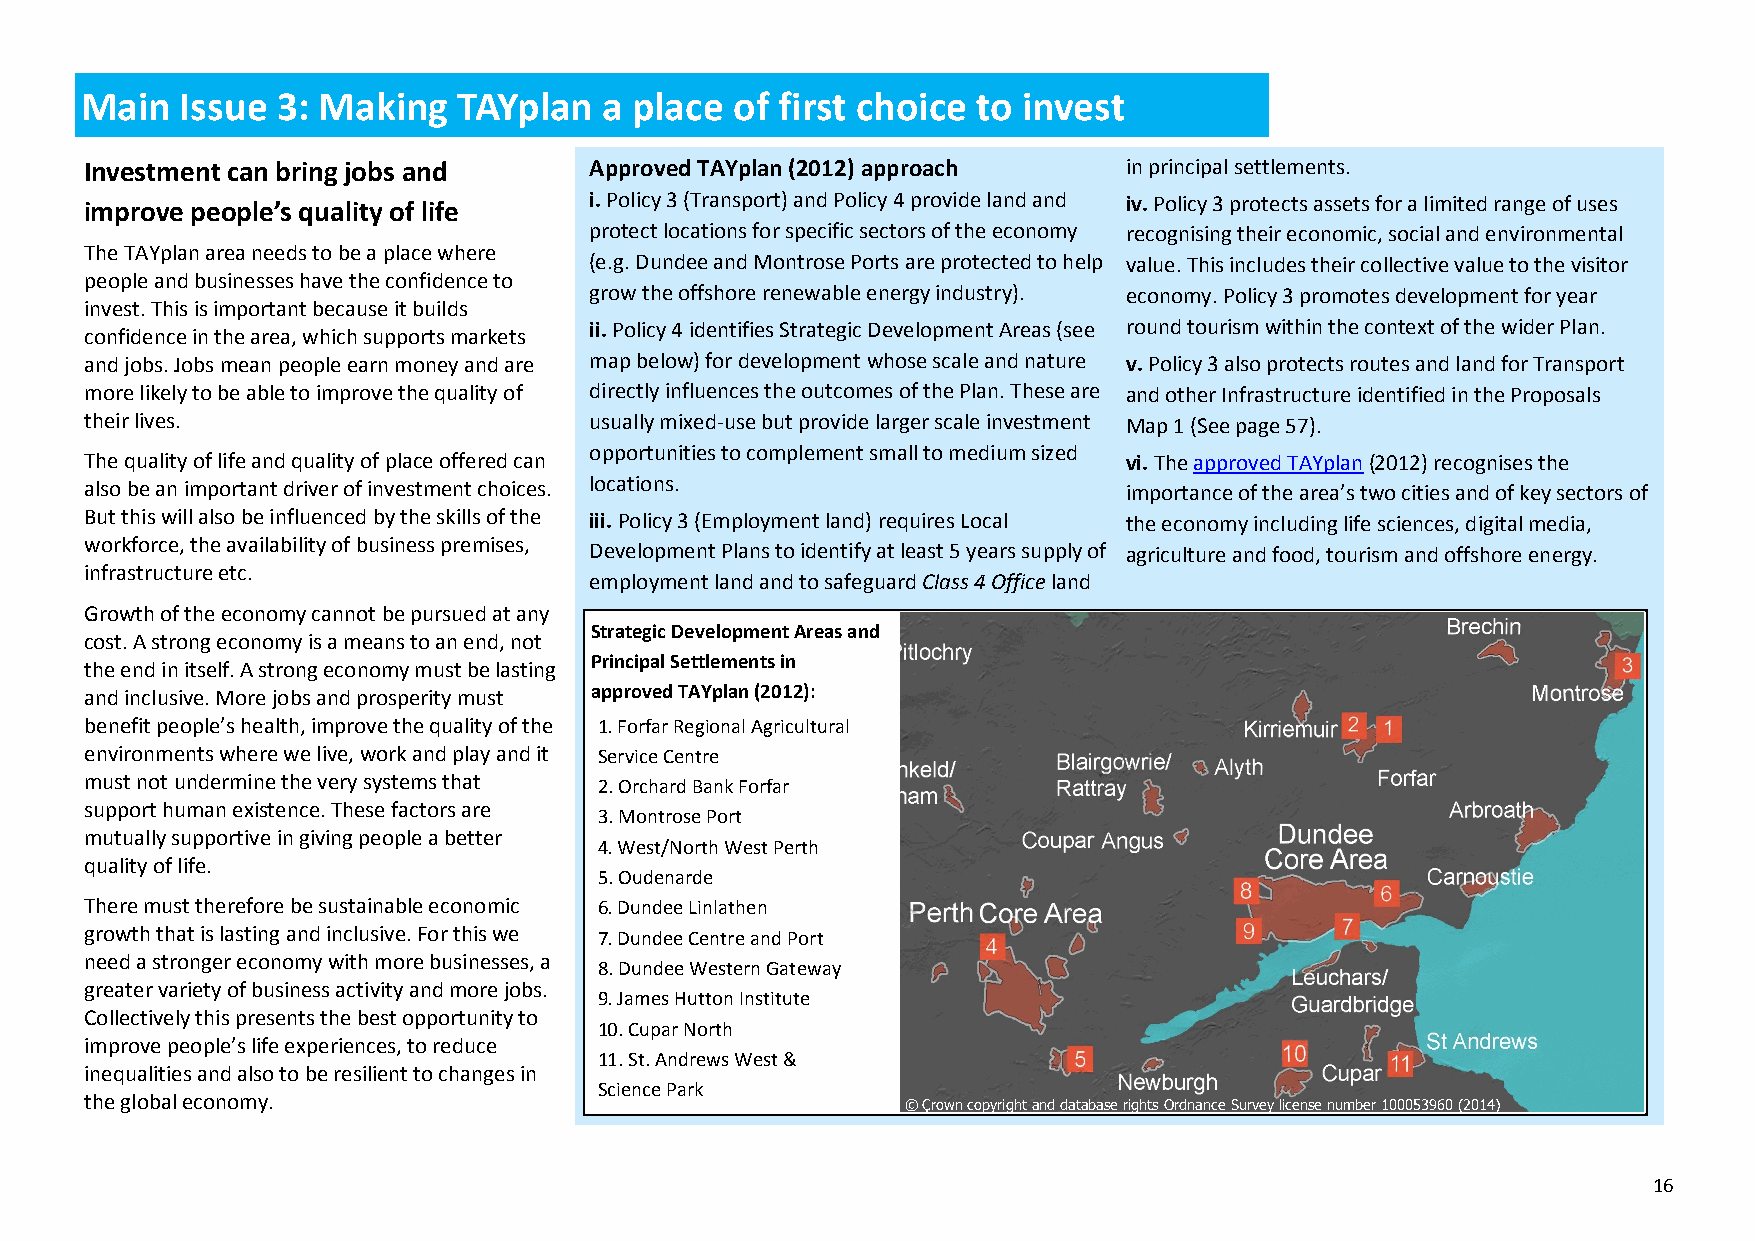
Main   Issue 3: Making   TAYplan   a place  of first choice to invest
 Investment can bring jobs and    Approved TAYplan (2012) approach   in principal settlements.
 improve people’s quality of life i. Policy 3 (Transport) and Policy 4 provide land and iv. Policy 3 protects assets for a limited range of uses
 protect locations for specific sectors of the economy recognising their economic, social and environmental
 The TAYplan area needs to be a place where
 (e.g. Dundee and Montrose Ports are protected to help value. This includes their collective value to the visitor
 people and businesses have the confidence to
 grow the offshore renewable energy industry). economy. Policy 3 promotes development for year
 invest. This is important because it builds
 ii. Policy 4 identifies Strategic Development Areas (see round tourism within the context of the wider Plan.
 confidence in the area, which supports markets
 and jobs. Jobs mean people earn money and are map below) for development whose scale and nature v. Policy 3 also protects routes and land for Transport
 more likely to be able to improve the quality of directly influences the outcomes of the Plan. These are and other Infrastructure identified in the Proposals
 their lives.                     usually mixed-use but provide larger scale investment Map 1 (See page 57).
 opportunities to complement small to medium sized
 The quality of life and quality of place offered can                vi. The approved TAYplan (2012) recognises the
 also be an important driver of investment choices. locations.       importance of the area’s two cities and of key sectors of
 But this will also be influenced by the skills of the iii. Policy 3 (Employment land) requires Local the economy including life sciences, digital media,
 workforce, the availability of business premises, Development Plans to identify at least 5 years supply of agriculture and food, tourism and offshore energy.
 infrastructure etc.
 employment land and to safeguard Class 4 Office land
 Growth of the economy cannot be pursued at any
 Strategic Development Areas and
 cost. A strong economy is a means to an end, not
 Principal Settlements in
 the end in itself. A strong economy must be lasting
 and inclusive. More jobs and prosperity must approved TAYplan (2012):
 benefit people’s health, improve the quality of the 1. Forfar Regional Agricultural
 environments where we live, work and play and it Service Centre
 must not undermine the very systems that 2. Orchard Bank Forfar
 support human existence. These factors are
 3. Montrose Port
 mutually supportive in giving people a better
 4. West/North West Perth
 quality of life.
 5. Oudenarde
 There must therefore be sustainable economic 6. Dundee Linlathen
 growth that is lasting and inclusive. For this we 7. Dundee Centre and Port
 need a stronger economy with more businesses, a
 8. Dundee Western Gateway
 greater variety of business activity and more jobs.
 9. James Hutton Institute
 Collectively this presents the best opportunity to
 10. Cupar North
 improve people’s life experiences, to reduce
 11. St. Andrews West &
 inequalities and also to be resilient to changes in
 Science Park
 the global economy.
 © Crown copyright and database rights Ordnance Survey license number 100053960 (2014)
 16